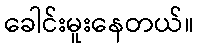
ခေါင်းမူးနေတယ်။